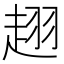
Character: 趐